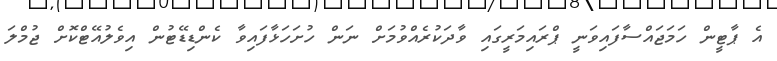
އެ ޕާޓީން ހަމަޖައްސާފައިވަނީ ޕްރައިމަރީގައި ވާދަކުރެއްވުމަށް ނަން ހުށަހަޅާފައިވާ ކެންޑިޑޭޓުން އިވެލުއޭޓްކޮށް ޖުމްލަ